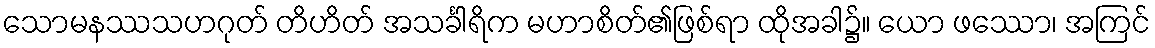
သောမနဿသဟဂုတ် တိဟိတ် အသင်္ခါရိက မဟာစိတ်၏ဖြစ်ရာ ထိုအခါ၌။ ယော ဖဿော၊ အကြင်